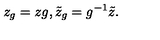
z _ { g } = z g , \tilde { z } _ { g } = g ^ { - 1 } \tilde { z } .